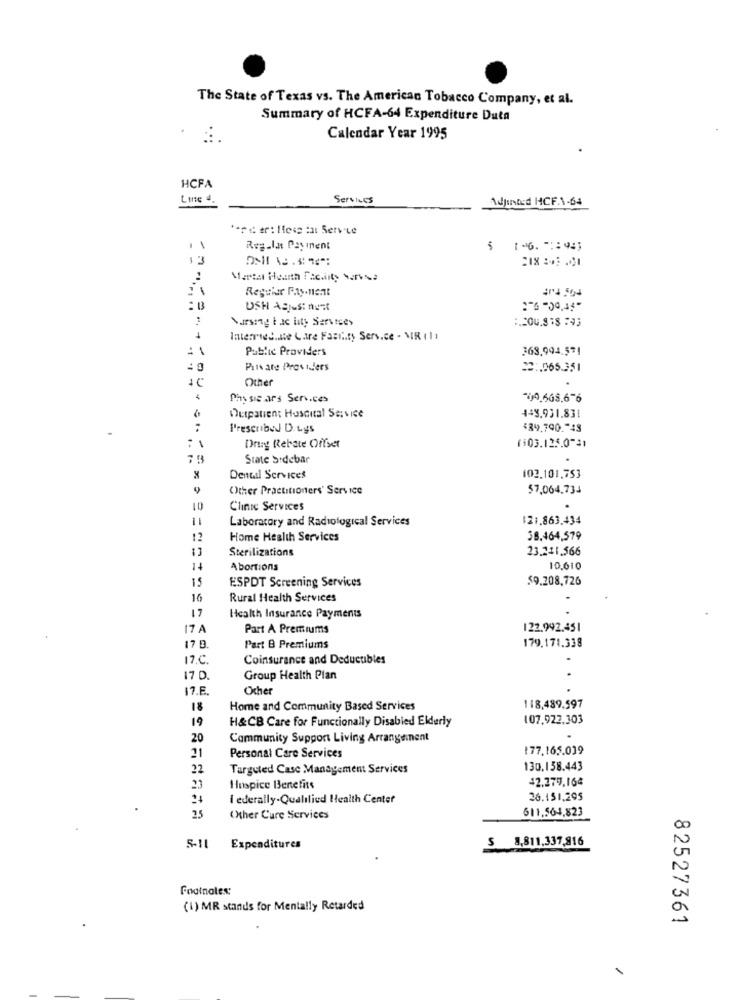
The State of Texas vs. The American Tobacco Company, et al.
Summary of HCFA-64 Expenditure Duta
Calendar Year 1995
HCFA
Line 4
Services
Adjusted HCF.1-64
** se er: Ilose :al Service
Reg.Int Payment
13
-
Reguiar Pay.Ment
USH ASjust nust
Mirsong & ac lity Services
Interried.alle C.tre Facility Service - MIR (11
: 1
Public Providers
363,994.571
:0
Puis are Prostders
22 :. 065.351
Other
Phy sie ars Services
700.668.6-6
Outpatient Hospital Service
449,931.831
Prescribed D.Lys
<34.790 .- 43
Dring Rebate Offset
(303.125.0-31
State Sidebar
Dental Services
102.101,753
Other Practitioners' Service
57,064,734
Clinic Services
11
Laboratory and Radiological Services
$21.863.434
Home Health Services
38.464,579
Sterilizations
23.211.566
Abortions
10,610
15
ESPDT Screening Services
59.208,726
16
Rural Health Services
17
Health Insurance Payments
17 A
Part A Premiums
122.992.451
179.171.338
Part B Premiums
17.C.
Coinsurance and Deductibles
170
Group Health Plan
17.E.
Ocher
18
Home and Community Based Services
118,489,597
19
H&CB Care for Functionally Disabled Elderly
107.922.303
20
Community Support Living Arrangement
177.165.039
21
Personal Care Services
22
Targeted Case Management Services
130,138.443
42.279,164
23
Hospice Benefits
I ederally-Qualilied Health Center
26.151,295
25
611.564,823
Other Cure Services
8,811,337,816
5-11 Expenditures
S
Footnotes:
(1) MR stands for Mentally Retarded
82527361